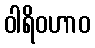
ဝါရိဝဟာဝ